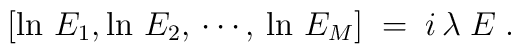
[\ln\,E_1, \ln \,E_2,\,\cdots ,\,\ln\,E_M]\;=\;i\,\lambda\;E\; .